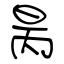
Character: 昺